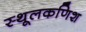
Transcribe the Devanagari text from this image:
स्थूलकणिश